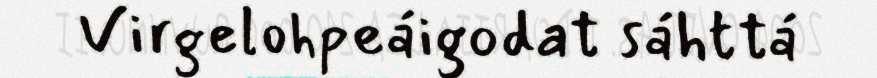
Virgelohpeáigodat sáhttá